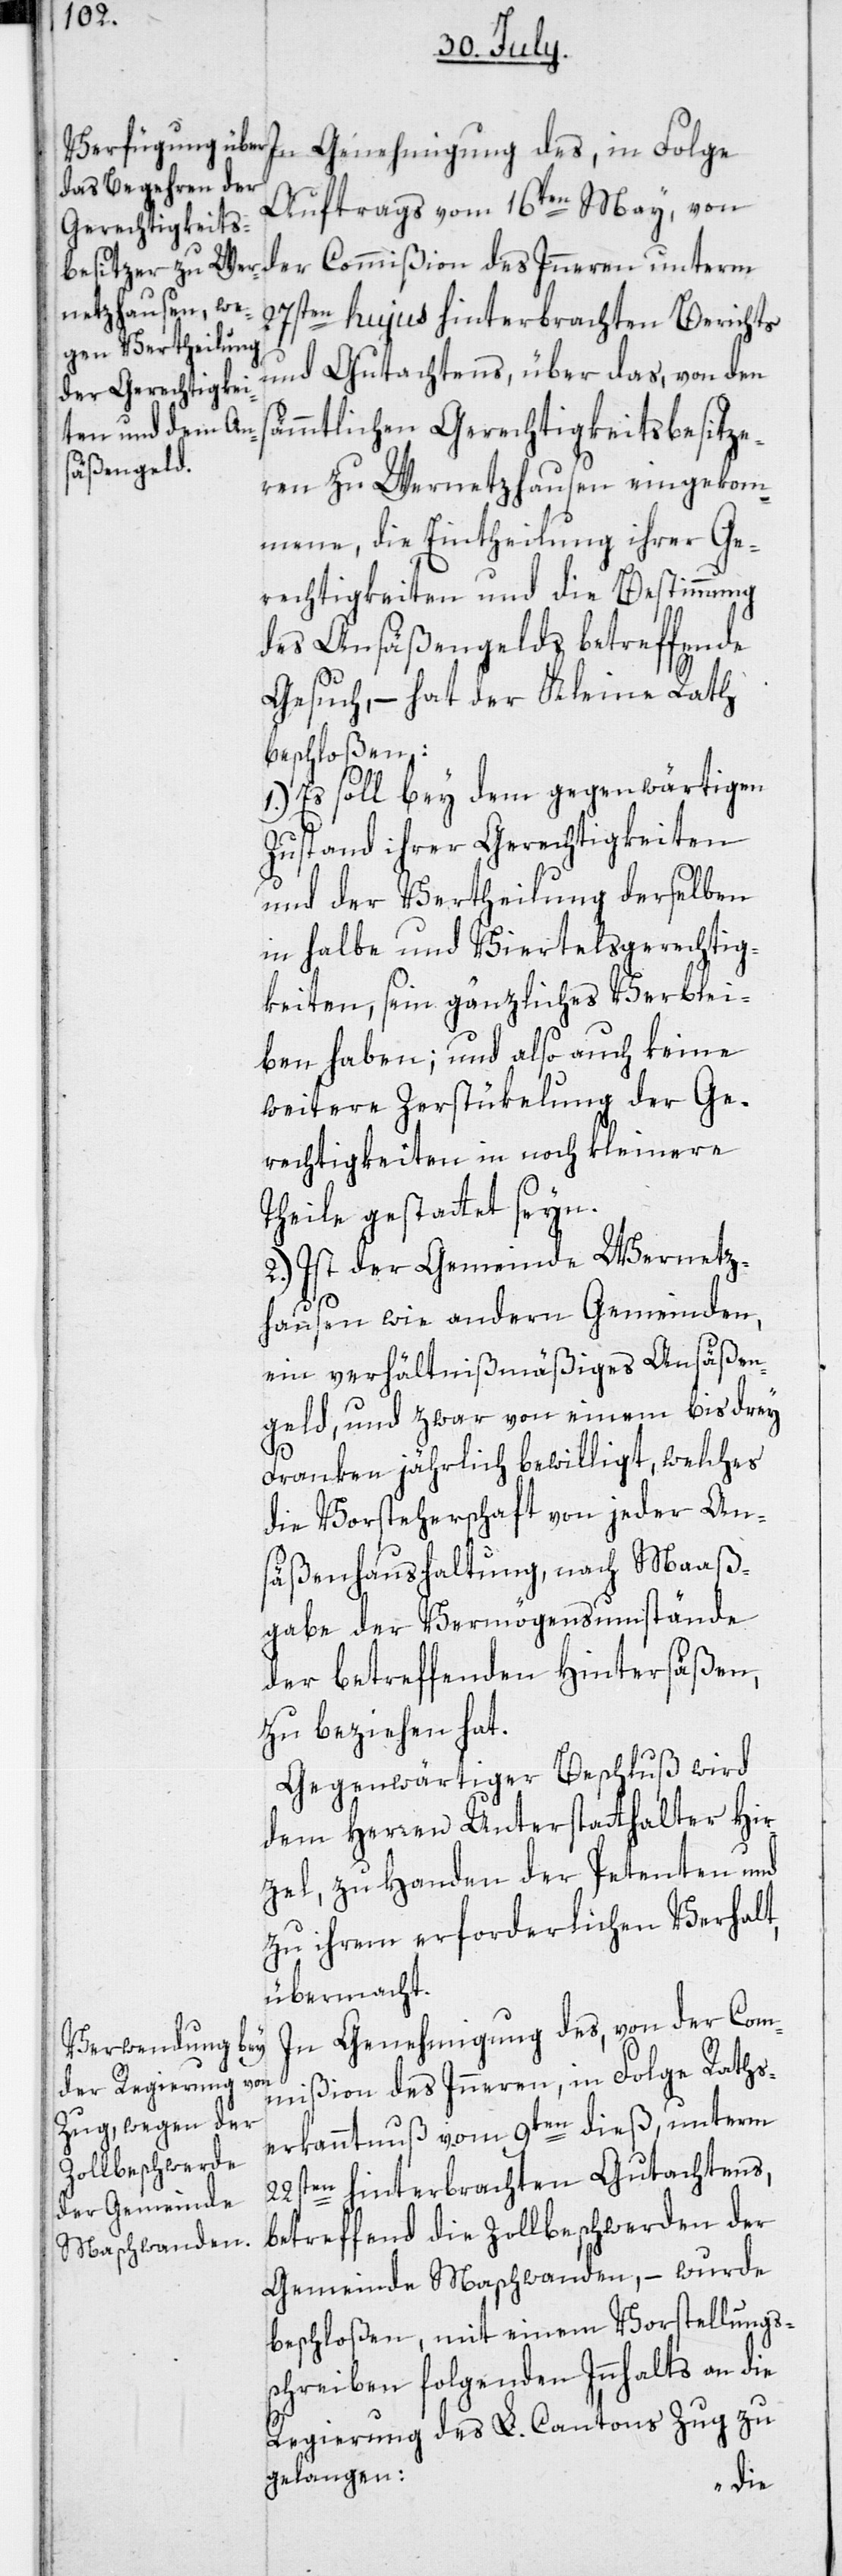
Genehmigung des, in Folge
Auftrags vom 16ten May, von
der Commißion des Inneren unterm
27sten hujus hinterbrachten Berichts
und Gutachtens, über das, von den
ämmtlichen Gerechtigkeitsbesitze¬
ren zu Wernetzhausen eingekom¬
mene, die Eintheilung ihrer Ge¬
rechtigkeiten und die Bestimmung
des Ansäßengelds betreffende
Gesuch, – hat der Kleine Rath
beschloßen:
1.) Es soll bey dem gegenwärtigen
Zustand ihrer Gerechtigkeiten
und der Vertheilung derselben
in halbe und Viertelsgerechtig¬
keiten, sein gänzliches Verblei¬
ben haben; und also auch keine
weitere Zerstükelung der Ge¬
rechtigkeiten in noch kleinere
Theile gestattet seyn.
2.) Ist der Gemeinde Wernetz¬
hausen wie andern Gemeinden,
ein verhältnißmäßiges Ansäßen¬
geld, und zwar von einem bis drey
s¬
Franken jährlich bewilligt, welches
die Vorsteherschaft von jeder An¬
säßenhaushaltung, nach Maaß¬
gabe der Vermögensumstände
der betreffenden Hintersäßen,
zu beziehen hat.
Gegenwärtiger Beschluß wird
dem Herren Unterstatthalter Hir¬
zel, zu Handen der Petenten und
zu ihrem erforderlichen Verhalt,
übermacht.
In Genehmigung des, von der Com¬
mißion des Inneren, in Folge Raths¬
erkanntnuß vom 9ten dieß, unterm
22sten hinterbrachten Gutachtens,
betreffend die Zollbeschwerden der
Gemeinde Maschwanden, – wurde
beschloßen, mit einem Vorstellungs¬
schreiben folgenden Innhalts an die
Regierung des L. Cantons Zug zu
gelangen: